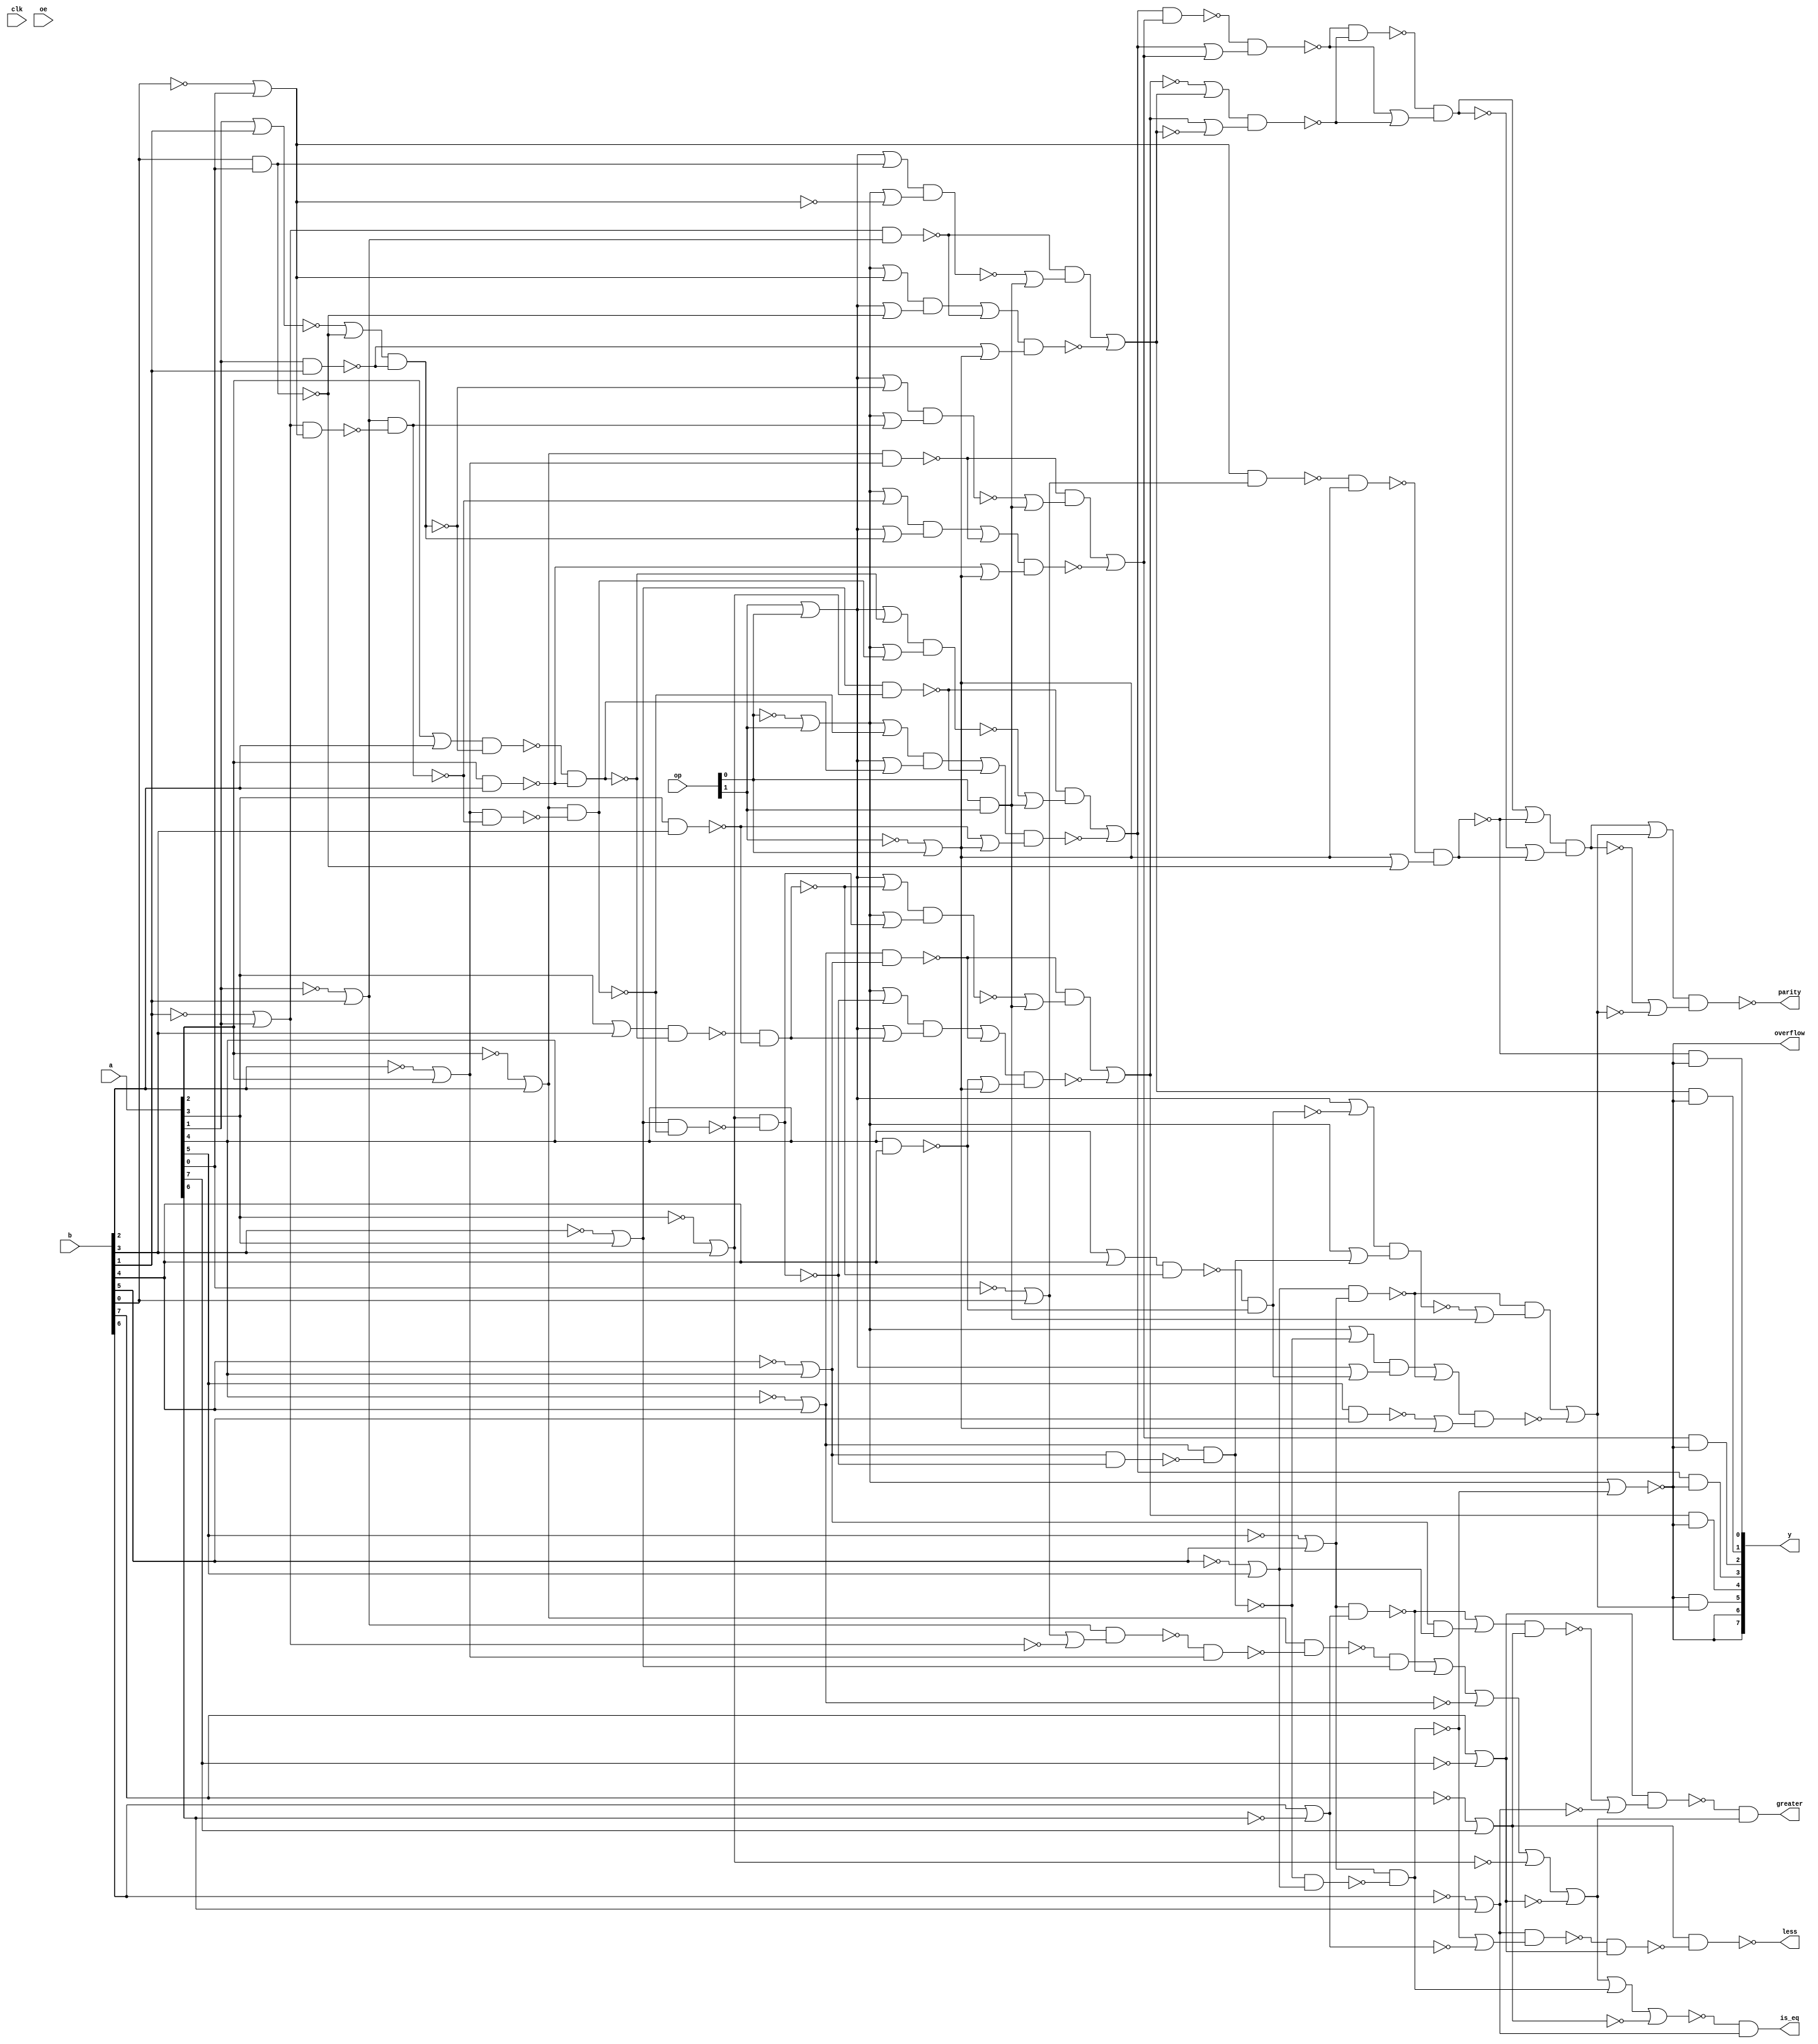

// Generated by Cadence Genus(TM) Synthesis Solution 19.20-d227_1
// Generated on: Jun 16 2021 02:29:27 PDT (Jun 16 2021 09:29:27 UTC)

// Verification Directory fv/top 

module top(clk, a, b, op, oe, y, parity, overflow, greater, is_eq,
     less);
  input clk, oe;
  input [7:0] a, b;
  input [1:0] op;
  output [7:0] y;
  output parity, overflow, greater, is_eq, less;
  wire clk, oe;
  wire [7:0] a, b;
  wire [1:0] op;
  wire [7:0] y;
  wire parity, overflow, greater, is_eq, less;
  wire n_520, n_521, n_522, n_523, n_524, n_525, n_526, n_527;
  wire n_528, n_529, n_530, n_531, n_532, n_533, n_534, n_535;
  wire n_536, n_537, n_538, n_539, n_540, n_541, n_542, n_543;
  wire n_544, n_545, n_546, n_548, n_549, n_551, n_552, n_554;
  wire n_555, n_557, n_558, n_559, n_561, n_563, n_564, n_565;
  wire n_566, n_568, n_569, n_570, n_571, n_573, n_577, n_590;
  wire n_591, n_592, n_593, n_594, n_595, n_596, n_598, n_599;
  wire n_600, n_601, n_602, n_603, n_604, n_605, n_606, n_607;
  wire n_608, n_609, n_610, n_616, n_623, n_624, n_625, n_630;
  wire n_631, n_634, n_639, n_640, n_643, n_650, n_651, n_652;
  wire n_657, n_658, n_661, n_666, n_667, n_670, n_675, n_676;
  wire n_681, n_682, n_689, n_690, n_691, n_696, n_697, n_706;
  wire n_707, n_708, n_709, n_712, n_717, n_718, n_725, n_726;
  wire n_727, n_732, n_733, n_738, n_739, n_742, n_749, n_750;
  wire n_751, n_756, n_757, n_760, n_765, n_766, n_769, n_780;
  wire n_781, n_782, n_783, n_784, n_787, n_790, n_799, n_800;
  wire n_801, n_802, n_811, n_812, n_813, n_814, n_823, n_824;
  wire n_825, n_826, n_835, n_836, n_837, n_838, n_854, n_855;
  wire n_857, n_858, n_859, n_860, n_866, n_867, n_871, n_872;
  assign overflow = y[7];
  assign y[6] = y[7];
  or g738 (n_523, wc, a[3]);
  not gc (wc, b[3]);
  nand g1253 (n_540, b[0], a[0]);
  or g1320 (n_528, wc0, a[0]);
  not gc0 (wc0, b[0]);
  or g1321 (n_568, wc1, a[7]);
  not gc1 (wc1, b[7]);
  or g1872 (n_520, wc2, op[1]);
  not gc2 (wc2, op[0]);
  or g1873 (n_522, wc3, a[4]);
  not gc3 (wc3, b[4]);
  or g1874 (n_525, wc4, a[2]);
  not gc4 (wc4, b[2]);
  or g1875 (n_526, wc5, a[1]);
  not gc5 (wc5, b[1]);
  or g1877 (n_534, wc6, a[5]);
  not gc6 (wc6, b[5]);
  or g1890 (n_569, b[7], wc7);
  not gc7 (wc7, a[7]);
  or g1891 (n_570, wc8, a[6]);
  not gc8 (wc8, b[6]);
  or g1892 (n_571, b[6], wc9);
  not gc9 (wc9, a[6]);
  or g1937 (n_590, a[4], b[4]);
  or g1945 (n_594, a[3], b[3]);
  or g1947 (n_595, a[1], b[1]);
  or g1949 (n_596, a[2], b[2]);
  or g2120 (n_854, wc10, n_559);
  not gc10 (wc10, n_566);
  or g2121 (n_855, n_566, wc11);
  not gc11 (wc11, n_559);
  nand g2122 (parity, n_854, n_855);
  nand g2125 (less, n_568, n_787);
  or g2126 (n_857, wc12, n_561);
  not gc12 (wc12, n_565);
  or g2127 (n_858, n_565, wc13);
  not gc13 (wc13, n_561);
  nand g2128 (n_566, n_857, n_858);
  nand g2129 (n_859, n_563, n_564);
  or g2130 (n_860, n_563, n_564);
  nand g2131 (n_565, n_859, n_860);
  nand g2134 (n_787, n_591, n_569);
  or g2135 (n_559, wc14, n_784);
  not gc14 (wc14, n_783);
  or g2138 (n_766, n_765, wc15);
  not gc15 (wc15, n_568);
  nand g2141 (n_784, n_781, n_782);
  nand g2144 (n_591, n_570, n_769);
  nand g2147 (n_783, n_558, n_603);
  or g2148 (n_866, wc16, n_549);
  not gc16 (wc16, n_546);
  or g2149 (n_867, n_546, wc17);
  not gc17 (wc17, n_549);
  nand g2150 (n_564, n_866, n_867);
  or g2153 (n_537, n_520, n_536);
  not g2154 (y[7], n_537);
  or g2155 (n_769, n_536, wc18);
  not gc18 (wc18, n_571);
  or g2156 (n_765, n_573, wc19);
  not gc19 (wc19, n_536);
  or g2157 (n_546, wc20, n_838);
  not gc20 (wc20, n_837);
  or g2158 (n_781, wc21, n_558);
  not gc21 (wc21, n_604);
  or g2159 (n_603, n_751, wc22);
  not gc22 (wc22, n_544);
  nand g2160 (n_604, n_756, n_757);
  nand g2161 (n_751, n_749, n_750);
  nand g2162 (n_536, n_535, n_760);
  nand g2165 (n_838, n_835, n_836);
  nand g2166 (n_871, n_555, n_552);
  or g2167 (n_872, n_555, n_552);
  nand g2168 (n_563, n_871, n_872);
  nand g2169 (n_837, n_545, n_601);
  or g2170 (n_601, n_727, wc23);
  not gc23 (wc23, n_544);
  or g2171 (n_835, wc24, n_545);
  not gc24 (wc24, n_602);
  or g2172 (n_573, n_709, wc25);
  not gc25 (wc25, n_569);
  nand g2173 (n_760, n_533, n_534);
  or g2174 (n_555, wc26, n_826);
  not gc26 (wc26, n_825);
  or g2175 (n_750, n_520, wc27);
  not gc27 (wc27, n_533);
  or g2176 (n_749, n_538, n_557);
  or g2177 (n_757, n_538, wc28);
  not gc28 (wc28, n_557);
  or g2178 (n_756, n_520, n_533);
  nand g2179 (n_825, n_554, n_599);
  or g2180 (n_709, n_708, wc29);
  not gc29 (wc29, n_531);
  nand g2181 (n_826, n_823, n_824);
  nand g2182 (n_533, n_521, n_742);
  nand g2183 (n_602, n_732, n_733);
  nand g2184 (n_557, n_738, n_739);
  nand g2185 (n_727, n_725, n_726);
  or g2186 (n_599, n_691, wc30);
  not gc30 (wc30, n_544);
  or g2187 (n_552, wc31, n_814);
  not gc31 (wc31, n_813);
  or g2188 (n_726, n_520, wc32);
  not gc32 (wc32, n_532);
  or g2189 (n_732, n_520, n_532);
  or g2190 (n_733, n_538, wc33);
  not gc33 (wc33, n_543);
  or g2191 (n_823, wc34, n_554);
  not gc34 (wc34, n_600);
  or g2192 (n_725, n_538, n_543);
  nand g2193 (n_738, n_590, n_543);
  or g2194 (n_708, n_707, wc35);
  not gc35 (wc35, n_521);
  nand g2195 (n_742, n_522, n_532);
  nand g2196 (n_532, n_531, n_712);
  nand g2197 (n_543, n_717, n_718);
  or g2198 (n_707, wc36, n_577);
  not gc36 (wc36, n_706);
  nand g2199 (n_600, n_696, n_697);
  nand g2200 (n_691, n_689, n_690);
  nand g2201 (n_813, n_551, n_607);
  nand g2202 (n_814, n_811, n_812);
  nand g2203 (n_706, n_610, n_523);
  nand g2204 (n_593, n_569, n_682);
  nand g2205 (n_717, n_594, n_542);
  or g2206 (n_549, wc37, n_802);
  not gc37 (wc37, n_801);
  or g2207 (n_607, n_652, wc38);
  not gc38 (wc38, n_544);
  nand g2208 (n_712, n_523, n_530);
  or g2209 (n_696, n_520, n_530);
  or g2210 (n_811, wc39, n_551);
  not gc39 (wc39, n_608);
  or g2211 (n_690, n_520, wc40);
  not gc40 (wc40, n_530);
  or g2212 (n_689, n_538, n_542);
  or g2213 (n_697, n_538, wc41);
  not gc41 (wc41, n_542);
  nand g2214 (n_610, n_524, n_661);
  nand g2215 (n_542, n_675, n_676);
  nand g2216 (n_801, n_548, n_605);
  nand g2217 (n_802, n_799, n_800);
  nand g2218 (n_530, n_524, n_670);
  nand g2219 (n_652, n_650, n_651);
  or g2220 (n_682, n_681, wc42);
  not gc42 (wc42, n_570);
  nand g2221 (n_608, n_657, n_658);
  nand g2222 (n_675, n_596, n_541);
  nand g2223 (n_670, n_525, n_529);
  nand g2224 (n_661, n_609, n_525);
  or g2225 (n_658, n_538, wc43);
  not gc43 (wc43, n_541);
  or g2226 (n_657, n_520, n_529);
  or g2227 (n_799, wc44, n_548);
  not gc44 (wc44, n_606);
  nand g2228 (n_561, n_666, n_667);
  or g2229 (n_651, n_520, wc45);
  not gc45 (wc45, n_529);
  or g2230 (n_605, n_625, wc46);
  not gc46 (wc46, n_544);
  or g2231 (n_650, n_538, n_541);
  nand g2232 (n_681, n_592, n_568);
  nand g2233 (n_625, n_623, n_624);
  nand g2234 (n_529, n_527, n_634);
  or g2235 (n_592, n_577, wc47);
  not gc47 (wc47, n_643);
  nand g2236 (n_666, n_598, n_539);
  nand g2237 (n_609, n_527, n_790);
  nand g2238 (n_606, n_630, n_631);
  nand g2239 (n_541, n_639, n_640);
  or g2240 (n_624, n_520, wc48);
  not gc48 (wc48, n_528);
  nand g2241 (n_643, n_522, n_534);
  nand g2242 (n_548, n_526, n_527);
  or g2243 (n_630, n_520, n_528);
  or g2244 (n_631, n_538, n_540);
  or g2245 (n_782, n_780, n_539);
  or g2246 (n_836, n_739, n_539);
  or g2247 (n_800, n_640, n_539);
  or g2248 (n_790, n_616, wc49);
  not gc49 (wc49, n_526);
  nand g2249 (n_558, n_534, n_535);
  nand g2250 (n_598, n_528, n_616);
  or g2251 (n_824, n_718, n_539);
  or g2252 (n_667, n_539, n_540);
  nand g2253 (n_551, n_524, n_525);
  nand g2254 (n_554, n_523, n_531);
  nand g2255 (n_545, n_521, n_522);
  or g2256 (n_639, wc50, n_540);
  not gc50 (wc50, n_595);
  or g2257 (n_812, n_676, n_539);
  nand g2258 (n_634, n_526, n_528);
  nand g2259 (n_577, n_535, n_571);
  or g2260 (n_623, n_538, wc51);
  not gc51 (wc51, n_540);
  nand g2261 (n_676, a[2], b[2]);
  nand g2262 (n_718, a[3], b[3]);
  nand g2263 (n_640, a[1], b[1]);
  or g2264 (n_538, op[1], op[0]);
  nand g2265 (n_544, op[0], op[1]);
  or g2266 (n_616, wc52, b[0]);
  not gc52 (wc52, a[0]);
  nand g2267 (n_739, a[4], b[4]);
  or g2268 (n_539, wc53, op[0]);
  not gc53 (wc53, op[1]);
  nand g2269 (n_780, a[5], b[5]);
  or g2270 (n_527, wc54, b[1]);
  not gc54 (wc54, a[1]);
  or g2271 (n_524, wc55, b[2]);
  not gc55 (wc55, a[2]);
  or g2272 (n_531, wc56, b[3]);
  not gc56 (wc56, a[3]);
  or g2273 (n_521, wc57, b[4]);
  not gc57 (wc57, a[4]);
  or g2274 (n_535, wc58, b[5]);
  not gc58 (wc58, a[5]);
  and g2275 (greater, n_593, n_573);
  and g2276 (y[4], n_546, wc59);
  not gc59 (wc59, n_537);
  and g2277 (y[0], n_561, wc60);
  not gc60 (wc60, n_537);
  and g2278 (y[1], n_549, wc61);
  not gc61 (wc61, n_537);
  and g2279 (y[2], n_552, wc62);
  not gc62 (wc62, n_537);
  and g2280 (y[3], n_555, wc63);
  not gc63 (wc63, n_537);
  and g2281 (is_eq, wc64, n_570);
  not gc64 (wc64, n_766);
  and g2282 (y[5], wc65, n_559);
  not gc65 (wc65, n_537);
endmodule